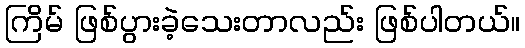
ကြိမ် ဖြစ်ပွားခဲ့သေးတာလည်း ဖြစ်ပါတယ်။